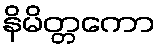
နိမိတ္တကော